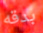
بدقه